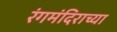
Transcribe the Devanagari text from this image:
रंगमंदिराच्या